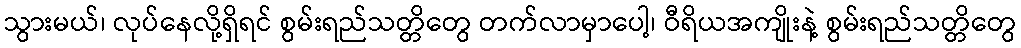
သွားမယ်၊ လုပ်နေလို့ရှိရင် စွမ်းရည်သတ္တိတွေ တက်လာမှာပေါ့၊ ဝီရိယအကျိုးနဲ့ စွမ်းရည်သတ္တိတွေ